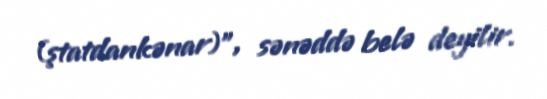
(ştatdankənar)”, sənəddə belə deyilir.